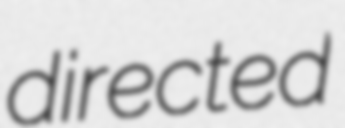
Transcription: directed